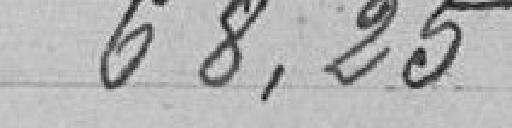
68,25